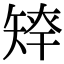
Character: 𥏢